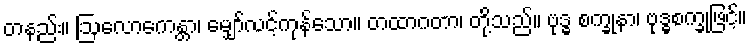
တနည်း။ ဩလောကေန္တာ၊ မျှော်လင့်ကုန်သော။ တထာဂတာ၊ တို့သည်။ ဗုဒ္ဓ စက္ခုနာ၊ ဗုဒ္ဓစက္ခုဖြင့်။